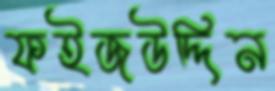
ফইজউদ্দিন